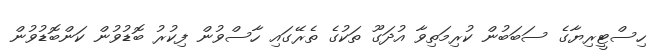
ހިސްޓީރިޔާގެ ސަބަބުން ކުރިމަތިވާ އުދަގޫ ތަކުގެ ތެރޭގައި ހާސްވުން ފިކުރު ބޮޑުވުން ކަންބޮޑުވުން